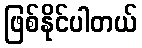
ဖြစ်နိုင်ပါတယ်